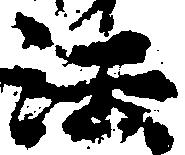
法